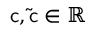
\mathsf { c } , \mathsf { \tilde { c } } \in \mathbb { R }